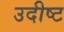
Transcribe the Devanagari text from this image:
उदीष्ट